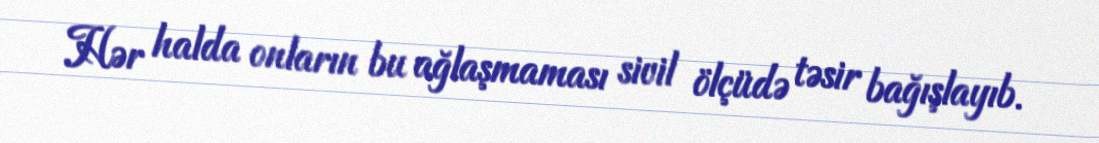
Hər halda onların bu ağlaşmaması sivil ölçüdə təsir bağışlayıb.